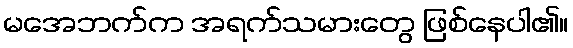
မအေဘက်က အရက်သမားတွေ ဖြစ်နေပါ၏။